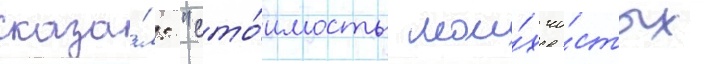
сказа́л: "сто́имость мои́х чи́стых